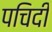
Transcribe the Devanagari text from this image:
पचिदी